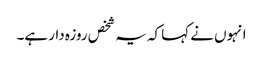
انہوں نے کہا کہ یہ شخص روزہ دار ہے۔